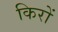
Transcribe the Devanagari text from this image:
किरों